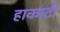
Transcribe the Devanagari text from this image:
हाकाटी